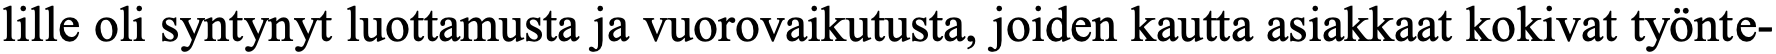
lille oli syntynyt luottamusta ja vuorovaikutusta, joiden kautta asiakkaat kokivat työnte-